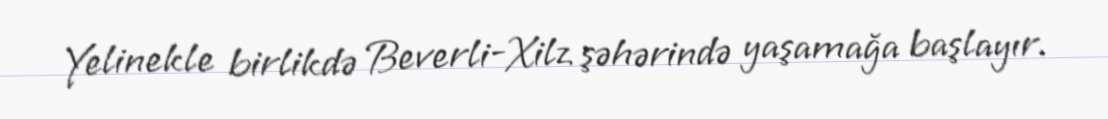
Yelinekle birlikdə Beverli-Xilz şəhərində yaşamağa başlayır.